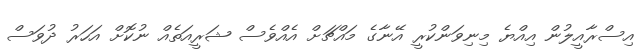
އިސްރާއީލުން އިއްޔެ މިނިވަންކުރީ އޭނާގެ މައްޗަށް އެއްވެސް ޝަރީއަތެއް ނުކޮށް އަހަރު ދުވަސް